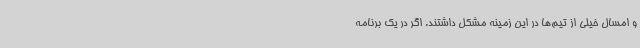
و امسال خیلی از تیم‌ها در این زمینه مشکل داشتند. اگر در یک برنامه